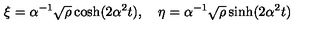
\xi = \alpha ^ { - 1 } \sqrt { \rho } \cosh ( 2 \alpha ^ { 2 } t ) , \quad \eta = \alpha ^ { - 1 } \sqrt { \rho } \sinh ( 2 \alpha ^ { 2 } t )